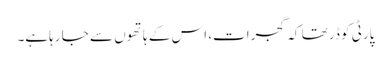
پارٹی کو ڈر تھا کہ گجرات، اس کے ہاتھوں سے جا رہاہے۔